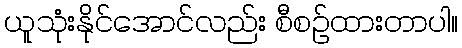
ယူသုံးနိုင်အောင်လည်း စီစဉ်ထားတာပါ။